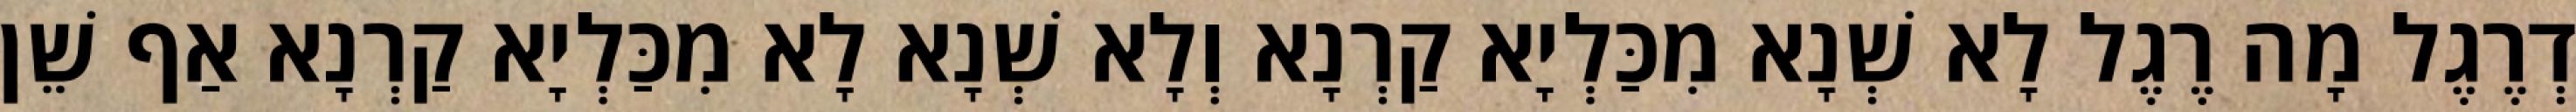
דְרֶגֶל מָה רֶגֶל לָא שְׁנָא מִכַּלְיָא קַרְנָא וְלָא שְׁנָא לָא מִכַּלְיָא קַרְנָא אַף שֵׁן